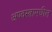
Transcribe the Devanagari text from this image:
अण्वस्त्रामधील